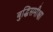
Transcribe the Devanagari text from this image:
बुद्धिसमीक्षा